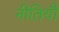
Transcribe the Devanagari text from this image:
नीतियौं